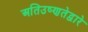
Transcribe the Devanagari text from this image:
अतिउष्णतेद्वारे